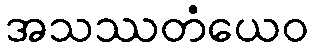
အသဿတံယေဝ